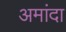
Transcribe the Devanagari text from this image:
अमांदा